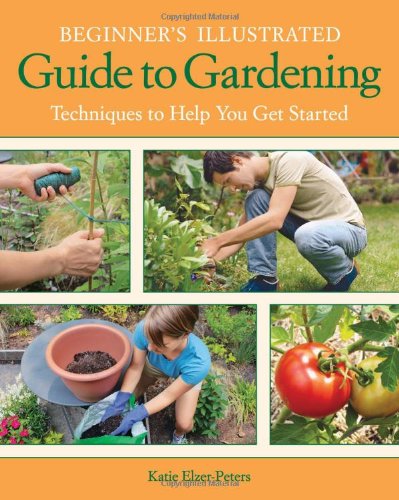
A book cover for Beginner's Illustrated Guide to Gardening: Techniques to Help You Get Started; Katie Elzer-Peters; Crafts, Hobbies & Home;